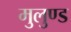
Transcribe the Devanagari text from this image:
मुलुण्ड